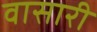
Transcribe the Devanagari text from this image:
वासारी